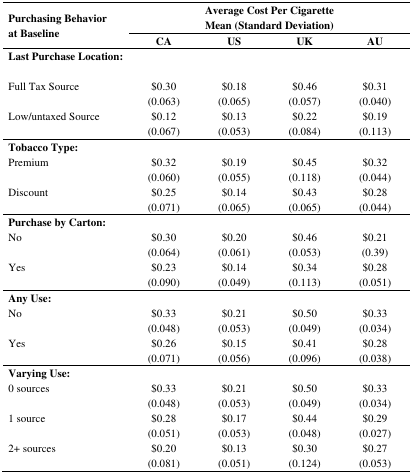
| <ROWSPAN=2> Purchasing Behavior at Baseline | <COLSPAN=4> Average Cost Per Cigarette Mean (Standard Deviation) |
 | CA | US | UK | AU |
 | --- | --- | --- | --- | --- |
 | Last Purchase Location: |  |  |  |  |
 | Full Tax Source | $0.30 (0.063) | $0.18 (0.065) | $0.46 (0.057) | $0.31 (0.040) |
 | Low/untaxed Source | $0.12 (0.067) | $0.13 (0.053) | $0.22 (0.084) | $0.19 (0.113) |
 | Tobacco Type: |  |  |  |  |
 | Premium | $0.32 (0.060) | $0.19 (0.055) | $0.45 (0.118) | $0.32 (0.044) |
 | Discount | $0.25 (0.071) | $0.14 (0.065) | $0.43 (0.065) | $0.28 (0.044) |
 | Purchase by Carton: |  |  |  |  |
 | No | $0.30 (0.064) | $0.20 (0.061) | $0.46 (0.053) | $0.21 (0.39) |
 | Yes | $0.23 (0.090) | $0.14 (0.049) | $0.34 (0.113) | $0.28 (0.051) |
 | Any Use: |  |  |  |  |
 | No | $0.33 (0.048) | $0.21 (0.053) | $0.50 (0.049) | $0.33 (0.034) |
 | Yes | $0.26 (0.071) | $0.15 (0.056) | $0.41 (0.096) | $0.28 (0.038) |
 | Varying Use: |  |  |  |  |
 | 0 sources | $0.33 (0.048) | $0.21 (0.053) | $0.50 (0.049) | $0.33 (0.034) |
 | 1 source | $0.28 (0.051) | $0.17 (0.053) | $0.44 (0.048) | $0.29 (0.027) |
 | 2+ sources | $0.20 (0.081) | $0.13 (0.051) | $0.30 (0.124) | $0.27 (0.053) |